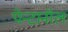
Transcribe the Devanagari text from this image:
पेन्टानॉल